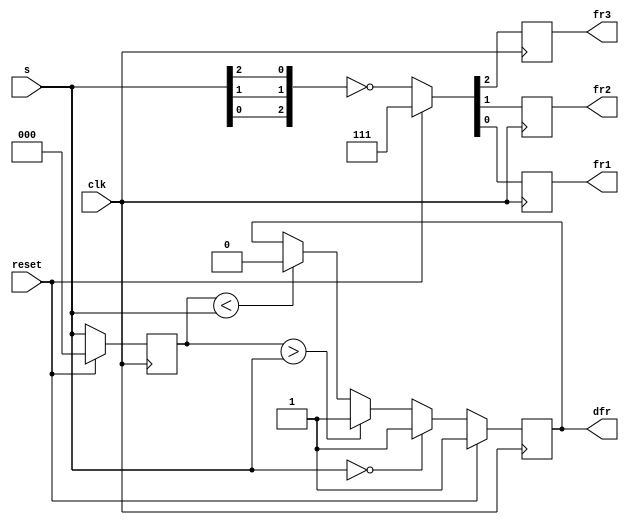
module top_module (
    input clk,
    input reset,
    input [3:1] s,
    output fr3,
    output fr2,
    output fr1,
    output dfr
); 
    reg [3:1] prev, now;

    
    parameter A=3'b000,B=3'b001,C=3'b011,D=3'b111;
  

    always@(posedge clk) begin
        if(reset) begin 
            {fr3,fr2,fr1,dfr} <= ~(4'b0);                    // reset
            prev <=4'b0;
        end
        else begin 
            
            {fr3,fr2,fr1} <= ~{s[1],s[2],s[3]};              // update
            
            if(s==0) dfr <= 1;
            else begin
                dfr <= (prev>s)? 1: ( (prev<s)?  0:  dfr  ); // check if dfr
            end
            prev <= s;
        end
    end

endmodule